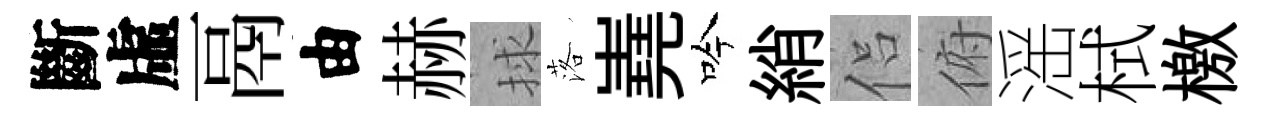
斷虛鬲由赫捄落嶤吟綃侣俯滛栻檄